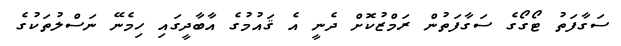
ސަގާފަތު ޓޯގޯގެ ސަގާފަތުން ރަމްޒުކޮށް ދެނީ އެ ޤައުމުގެ އާބާދީގައި ހިމެނޭ ނަސްލުތަކުގެ